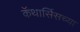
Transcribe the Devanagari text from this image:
कॅथार्सिसच्या